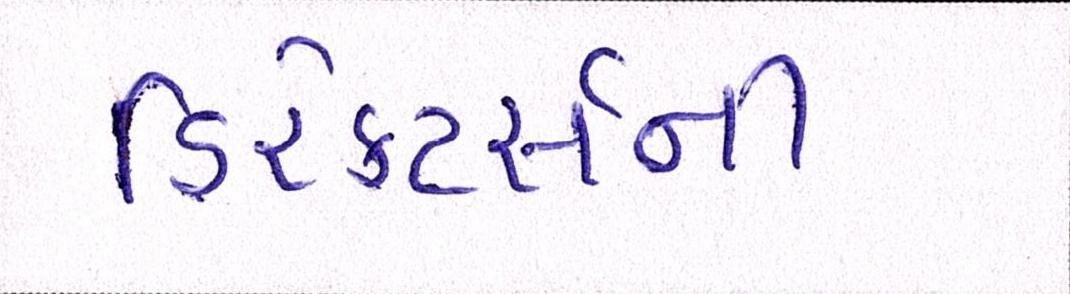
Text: ડિરેક્ટર્સની